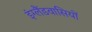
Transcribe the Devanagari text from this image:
इंग्लैंडवासियों